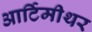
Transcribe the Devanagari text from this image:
आर्टिमीथर